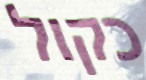
כקול